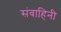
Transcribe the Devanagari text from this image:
संवाहिनी